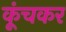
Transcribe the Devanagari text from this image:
कूंचकर